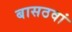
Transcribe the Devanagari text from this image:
बासठवां